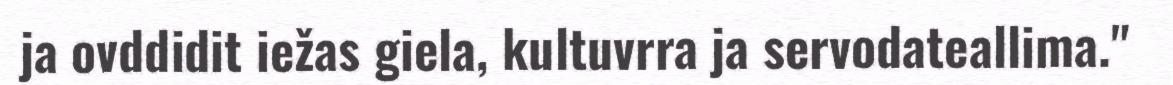
ja ovddidit iežas giela, kultuvrra ja servodateallima."